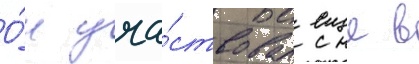
О́н уча́ствовал еще в